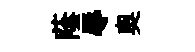
蔭辱奧